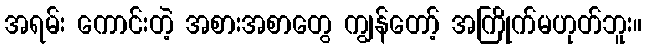
အရမ်း ကောင်းတဲ့ အစားအစာတွေ ကျွန်တော့် အကြိုက်မဟုတ်ဘူး။